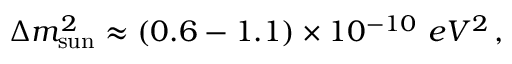
\Delta m _ { \mathrm { { s u n } } } ^ { 2 } \approx ( 0 . 6 - 1 . 1 ) \times 1 0 ^ { - 1 0 } \, \, { e V ^ { 2 } } \, ,